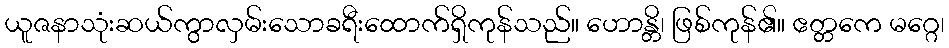
ယူဇနာသုံးဆယ်ကွာလှမ်းသောခရီးထောက်ရှိကုန်သည်။ ဟောန္တိ၊ ဖြစ်ကုန်၏။ ဧတ္တကေ မဂ္ဂေ၊